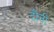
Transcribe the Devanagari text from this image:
दौनी